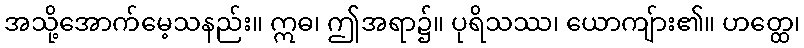
အသို့အောက်မေ့သနည်း။ ဣဓ၊ ဤအရာ၌။ ပုရိသဿ၊ ယောကျ်ား၏။ ဟတ္ထေ၊